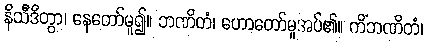
နိသီဒိတွာ၊ နေတော်မူ၍။ ဘဏိတံ၊ ဟောတော်မူအပ်၏။ ကိံဘဏိတံ၊